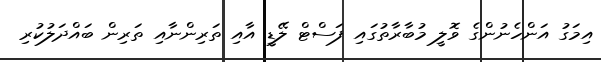
އިމަގު އަންހެނުންގެ ވޮލީ މުބާރާތުގައި ފަސްޓް ލޭޑީ އާއި ތަރިންނާއި ތަރިން ބައްދަލުކުރި